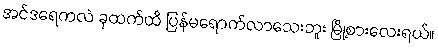
အင်ဒရေကလဲ ခုထက်ထိ ပြန်မရောက်လာသေးဘူး မြို့စားလေးရယ်။